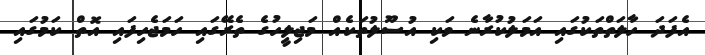
އެފަދަ ހާލަތްތަކުގައި އަމަލުކުރާނެ ވަކި އުސޫލުތަކެއް މަޖިލީހުގެ ތެރޭގައި ހަމަޖެހިފައި އޮތް ކަމުގައި